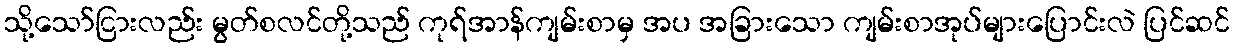
သို့သော်ငြားလည်း မွတ်စလင်တို့သည် ကုရ်အာန်ကျမ်းစာမှ အပ အခြားသော ကျမ်းစာအုပ်များပြောင်းလဲ ပြင်ဆင်